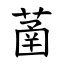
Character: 䓿